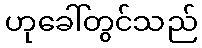
ဟုခေါ်တွင်သည်